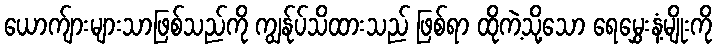
ယောက်ျားများသာဖြစ်သည်ကို ကျွန်ုပ်သိထားသည် ဖြစ်ရာ ထိုကဲ့သို့သော ရေမွှေးနံ့မျိုးကို